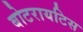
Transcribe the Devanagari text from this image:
बोटरायटिस